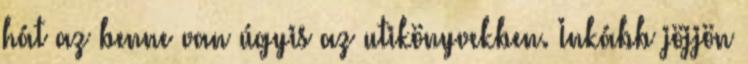
hát az benne van úgyis az utikönyvekben. Inkább jöjjön